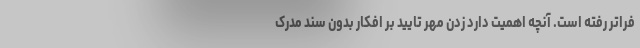
فراتر رفته است. آنچه اهمیت دارد زدن مهر تایید بر افکار بدون سند مدرک